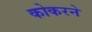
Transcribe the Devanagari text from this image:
कोकरने